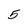
Character: 5